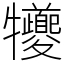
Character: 犪